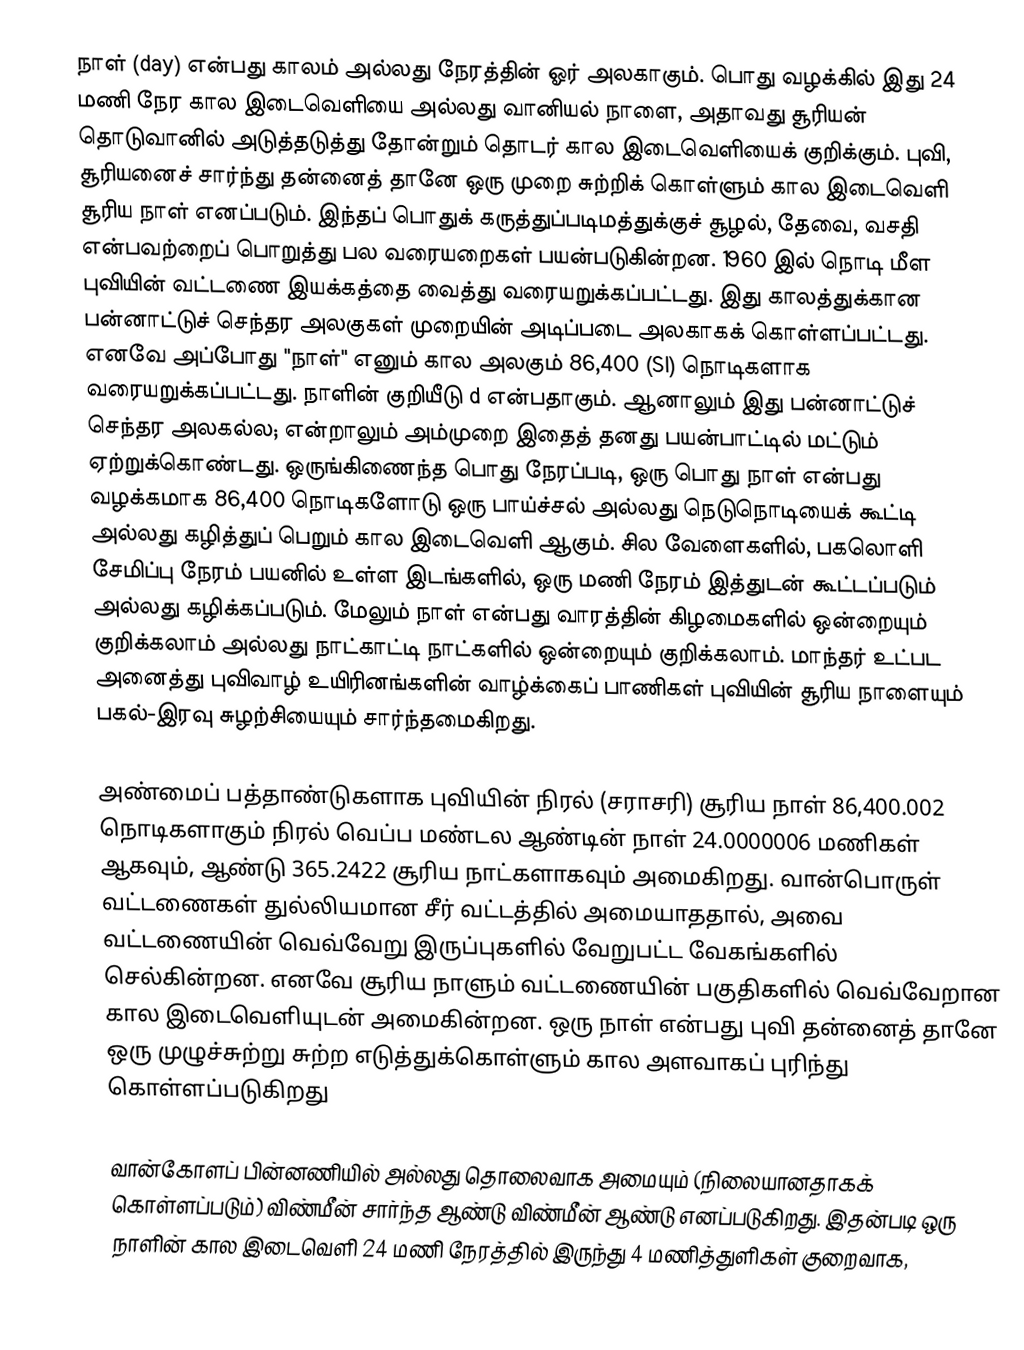
நாள் (day) என்பது காலம் அல்லது நேரத்தின் ஓர் அலகாகும். பொது வழக்கில் இது 24 மணி நேர கால இடைவெளியை அல்லது வானியல் நாளை, அதாவது சூரியன் தொடுவானில் அடுத்தடுத்து தோன்றும் தொடர் கால இடைவெளியைக் குறிக்கும். புவி,  சூரியனைச் சார்ந்து தன்னைத் தானே ஒரு முறை சுற்றிக் கொள்ளும் கால இடைவெளி சூரிய நாள் எனப்படும். இந்தப் பொதுக் கருத்துப்படிமத்துக்குச் சூழல், தேவை, வசதி என்பவற்றைப் பொறுத்து பல வரையறைகள் பயன்படுகின்றன. 1960 இல் நொடி மீள புவியின் வட்டணை இயக்கத்தை வைத்து வரையறுக்கப்பட்டது. இது காலத்துக்கான பன்னாட்டுச் செந்தர அலகுகள் முறையின் அடிப்படை அலகாகக் கொள்ளப்பட்டது. எனவே அப்போது "நாள்" எனும் கால அலகும் 86,400 (SI) நொடிகளாக வரையறுக்கப்பட்டது. நாளின் குறியீடு d என்பதாகும். ஆனாலும் இது பன்னாட்டுச் செந்தர அலகல்ல; என்றாலும் அம்முறை இதைத் தனது பயன்பாட்டில் மட்டும் ஏற்றுக்கொண்டது.  ஒருங்கிணைந்த பொது நேரப்படி, ஒரு பொது நாள் என்பது வழக்கமாக 86,400 நொடிகளோடு ஒரு பாய்ச்சல் அல்லது நெடுநொடியைக் கூட்டி அல்லது கழித்துப் பெறும் கால இடைவெளி ஆகும். சில வேளைகளில், பகலொளி சேமிப்பு நேரம் பயனில் உள்ள இடங்களில், ஒரு மணி நேரம் இத்துடன் கூட்டப்படும் அல்லது கழிக்கப்படும். மேலும் நாள் என்பது வாரத்தின் கிழமைகளில் ஒன்றையும் குறிக்கலாம் அல்லது நாட்காட்டி நாட்களில் ஒன்றையும் குறிக்கலாம். மாந்தர் உட்பட அனைத்து புவிவாழ் உயிரினங்களின் வாழ்க்கைப் பாணிகள் புவியின் சூரிய நாளையும் பகல்-இரவு சுழற்சியையும் சார்ந்தமைகிறது.

அண்மைப் பத்தாண்டுகளாக புவியின் நிரல் (சராசரி) சூரிய நாள் 86,400.002 நொடிகளாகும்  நிரல் வெப்ப மண்டல ஆண்டின் நாள் 24.0000006 மணிகள் ஆகவும், ஆண்டு 365.2422 சூரிய நாட்களாகவும் அமைகிறது. வான்பொருள் வட்டணைகள் துல்லியமான சீர் வட்டத்தில் அமையாததால், அவை வட்டணையின் வெவ்வேறு இருப்புகளில் வேறுபட்ட வேகங்களில் செல்கின்றன. எனவே சூரிய நாளும் வட்டணையின் பகுதிகளில் வெவ்வேறான கால இடைவெளியுடன் அமைகின்றன. ஒரு நாள் என்பது புவி தன்னைத் தானே ஒரு முழுச்சுற்று சுற்ற எடுத்துக்கொள்ளும் கால அளவாகப் புரிந்து கொள்ளப்படுகிறது

வான்கோளப் பின்னணியில் அல்லது தொலைவாக அமையும் (நிலையானதாகக் கொள்ளப்படும்) விண்மீன் சார்ந்த ஆண்டு விண்மீன் ஆண்டு எனப்படுகிறது. இதன்படி ஒரு நாளின் கால இடைவெளி 24 மணி நேரத்தில் இருந்து 4 மணித்துளிகள் குறைவாக,